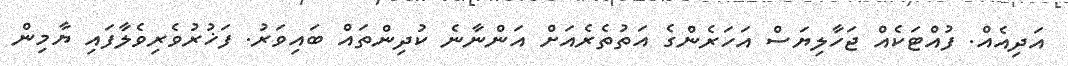
އަދިއެއް. ފުއްޓަކެއް ޖަހާލިޔަސް އަހަރެންގެ އަތުތެރެއަށް އަންނާނެ ކުދިންތައް ބައިވަރު. ފަޚުރުވެރިވެލާފައި ޔާމިން